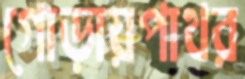
গোড়ায়পাথর